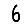
Digit: 6